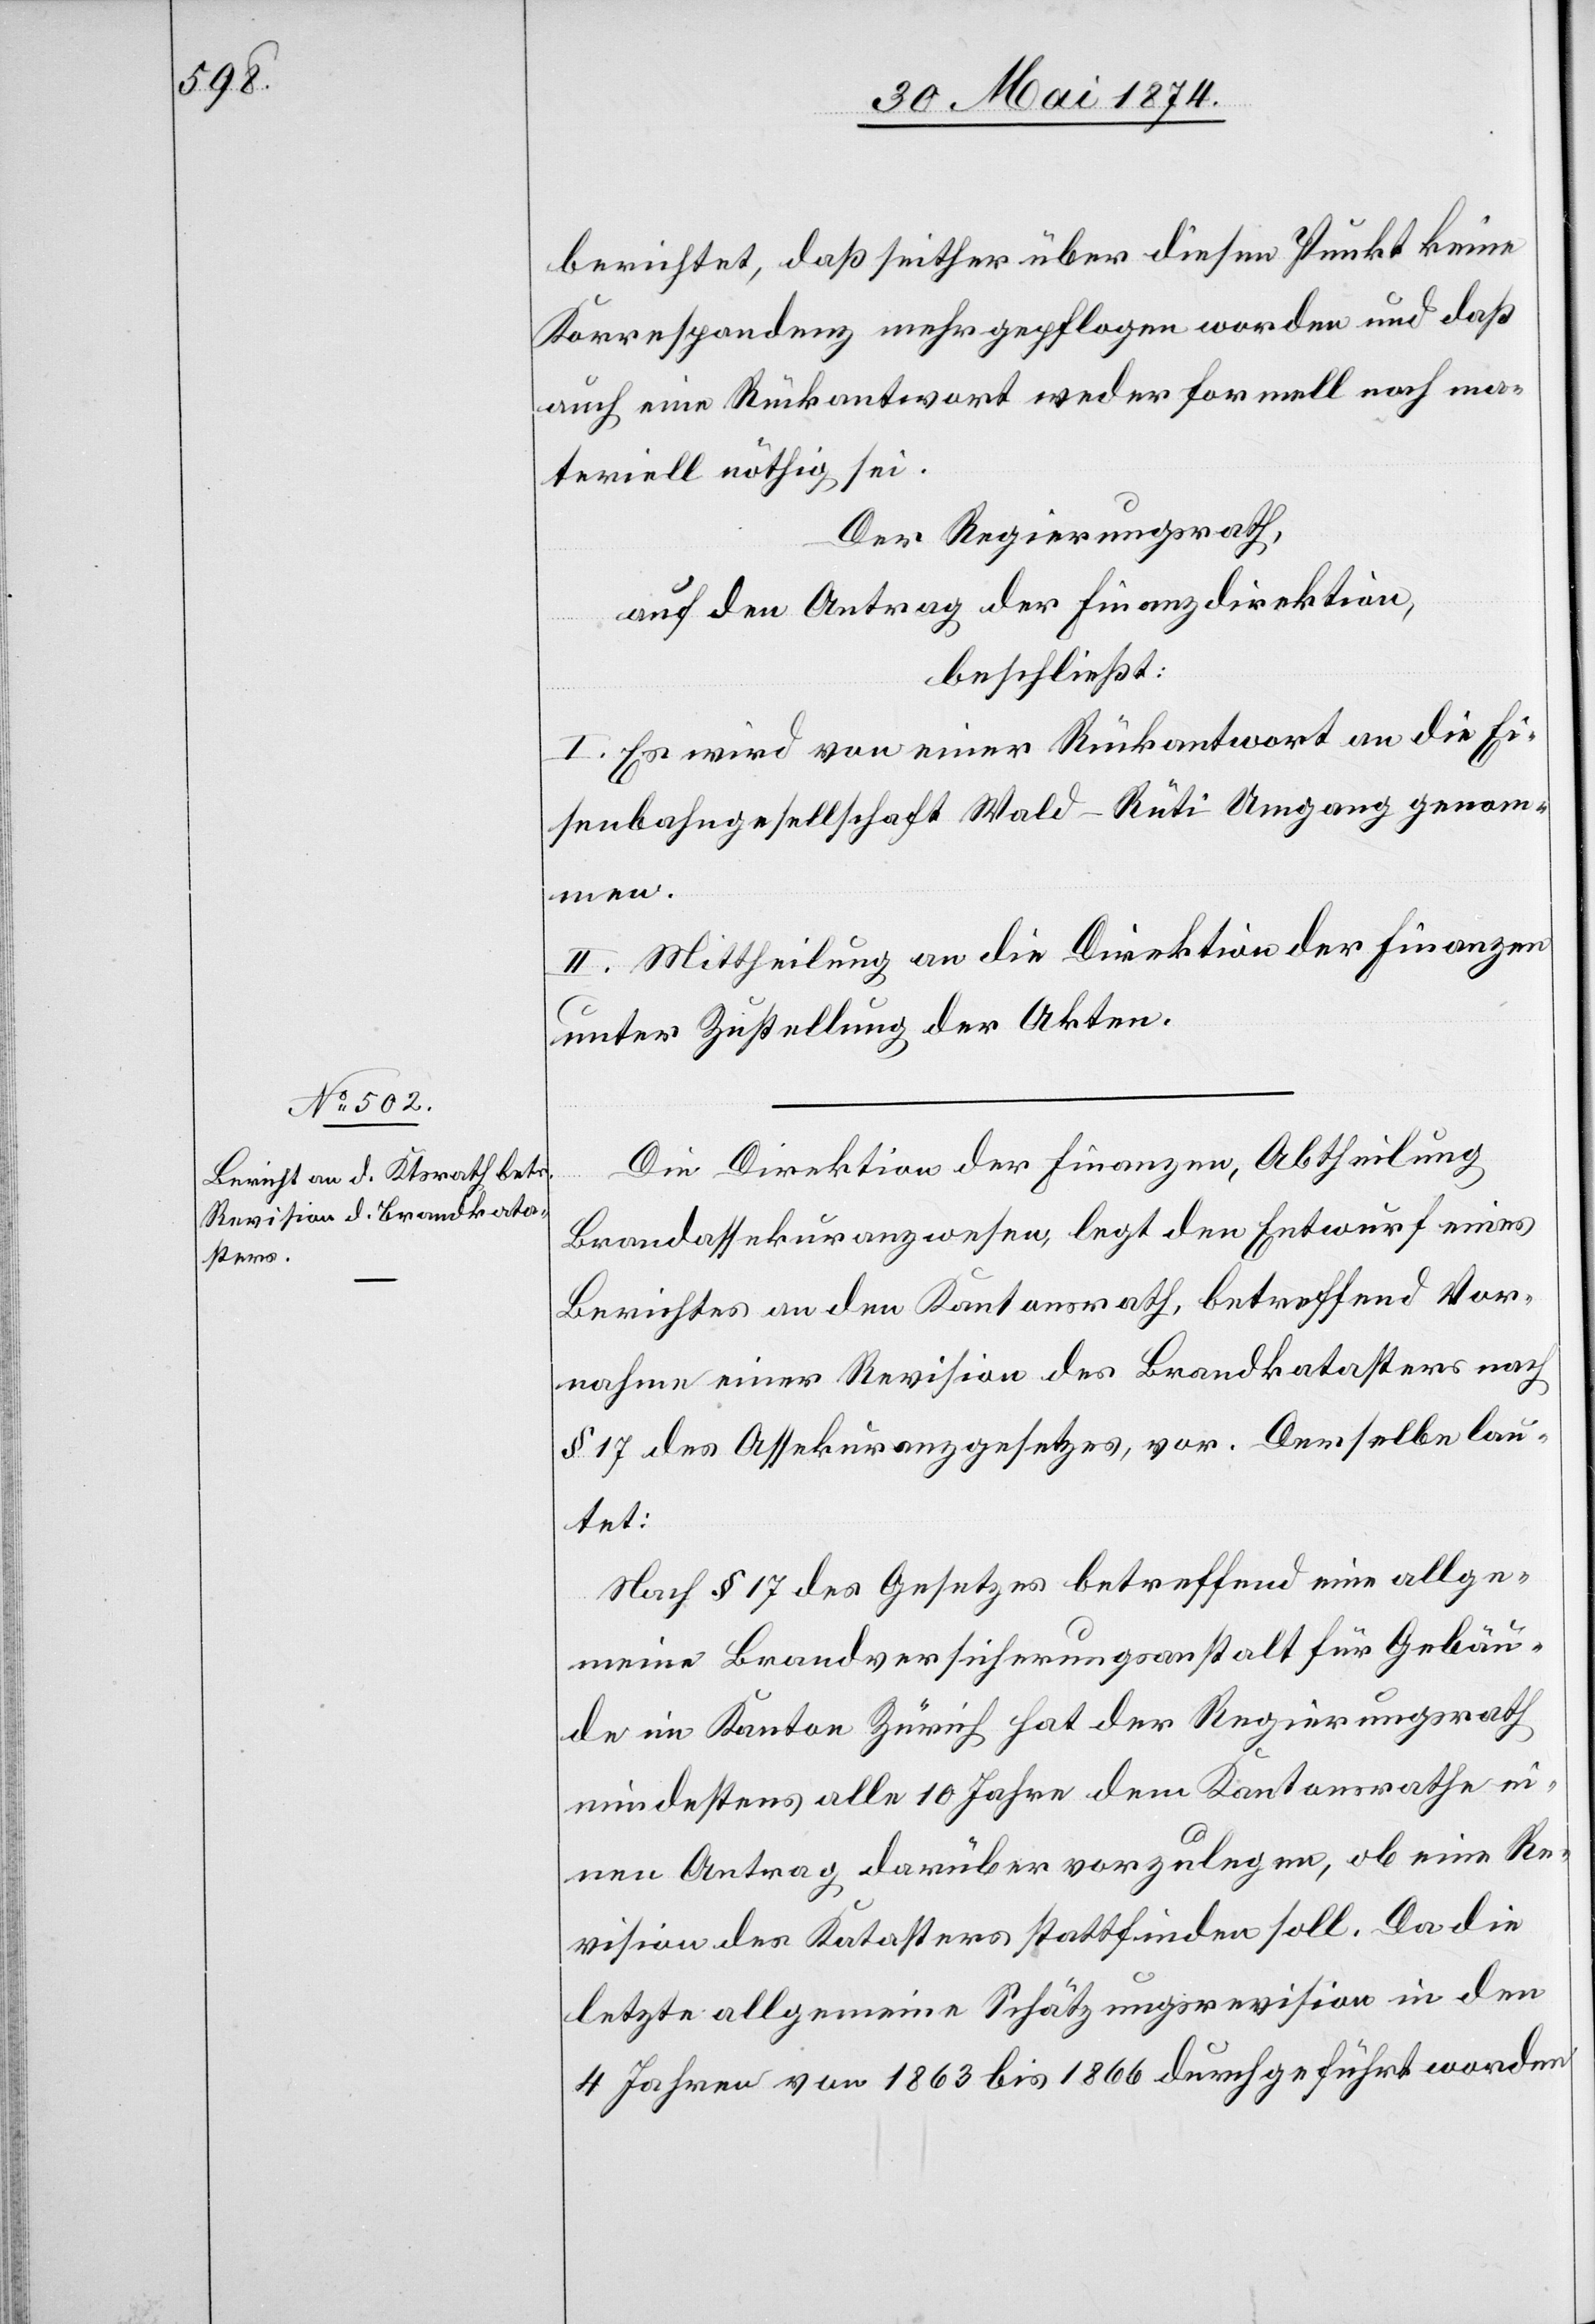
berichtet, daß seither über diesen Punkt keine
Korrespondenz mehr gepflogen worden und daß
auch eine Rückantwort weder formell noch ma¬
teriell nöthig sei.
Der Regierungsrath,
auf den Antrag der Finanzdirektion,
beschließt:
I. Es wird von einer Rückantwort an die Ei¬
senbahngesellschaft Wald-Rüti Umgang genom¬
men.
II. Mittheilung an die Direktion der Finanzen
unter Zustellung der Akten.
Die Direktion der Finanzen, Abtheilung
Brandassekuranzwesen, legt den Entwurf eines
Berichtes an den Kantonsrath, betreffend Vor¬
nahme einer Revision des Brandkatasters nach
§ 17 des Assekuranzgesetzes, vor. Derselbe lau¬
tet:
Nach § 17 des Gesetzes betreffend eine allge¬
meine Brandversicherungsanstalt für Gebäu¬
de im Kanton Zürich hat der Regierungsrath
mindestens alle 10 Jahre dem Kantonsrathe ei¬
nen Antrag darüber vorzulegen, ob eine Re¬
vision des Katasters stattfinden soll. Da die
letzte allgemeine Schätzungsrevision in den
4 Jahren von 1863 bis 1866 durchgeführt worden